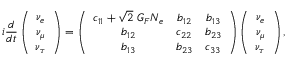
i \frac { d } { d t } \left( \begin{array} { c } { { \nu _ { e } } } \\ { { \nu _ { \mu } } } \\ { { \nu _ { \tau } } } \end{array} \right) = \left( \begin{array} { c c c } { { c _ { 1 1 } + \sqrt { 2 } \ G _ { F } N _ { e } } } & { { b _ { 1 2 } } } & { { b _ { 1 3 } } } \\ { { b _ { 1 2 } } } & { { c _ { 2 2 } } } & { { b _ { 2 3 } } } \\ { { b _ { 1 3 } } } & { { b _ { 2 3 } } } & { { c _ { 3 3 } } } \end{array} \right) \left( \begin{array} { c } { { \nu _ { e } } } \\ { { \nu _ { \mu } } } \\ { { \nu _ { \tau } } } \end{array} \right) ,